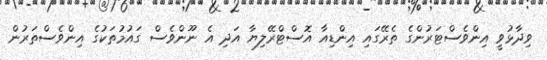
ވިދާޅުވީ އިންވެސްޓަރުންގެ ތެރޭގައި އިންޑިއާ އޮސްޓްރޭލިޔާ އަދި އެ ނޫންވެސް ގައުމުތަކުގެ އިންވެސްތަރުން